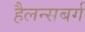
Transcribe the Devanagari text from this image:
हैलन्सबर्ग